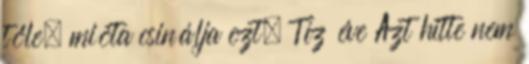
tőle, mióta csinálja ezt. Tíz éve Azt hitte nem